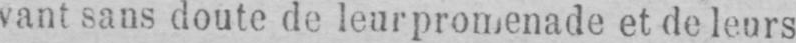
vant sans doute de leur promenade et de leurs